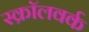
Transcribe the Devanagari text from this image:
स्क्रॉलवर्क